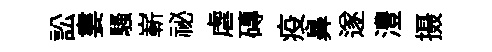
訟婁騷嶄祕虐磚疫鼻遂澧摄